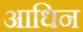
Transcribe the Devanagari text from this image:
आधिन